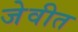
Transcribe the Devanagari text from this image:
जेवीत